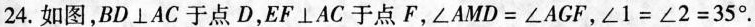
24.如图，$$BD\bot AC$$于点D，$$EF\bot AC$$于点F，$$\angle AMD=\angle AGF$$，$$\angle 1=\angle 2=35^{\circ}$$。